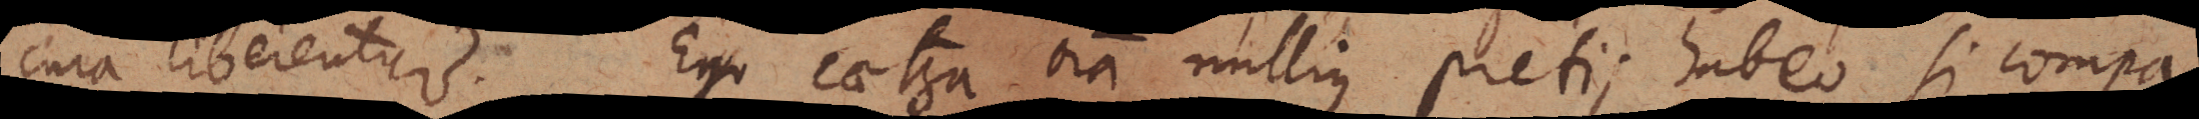
cura liberentur. Ego caetera omnia nullius pretii habeo, si compa